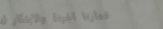
شعارنا الجودة والابتكار ل